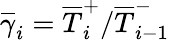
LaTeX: \overline{\gamma}_{i}=\overline{T}_{i}^{+}/\overline{T}_{i-1}^{-}